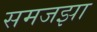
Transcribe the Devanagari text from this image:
समजझा